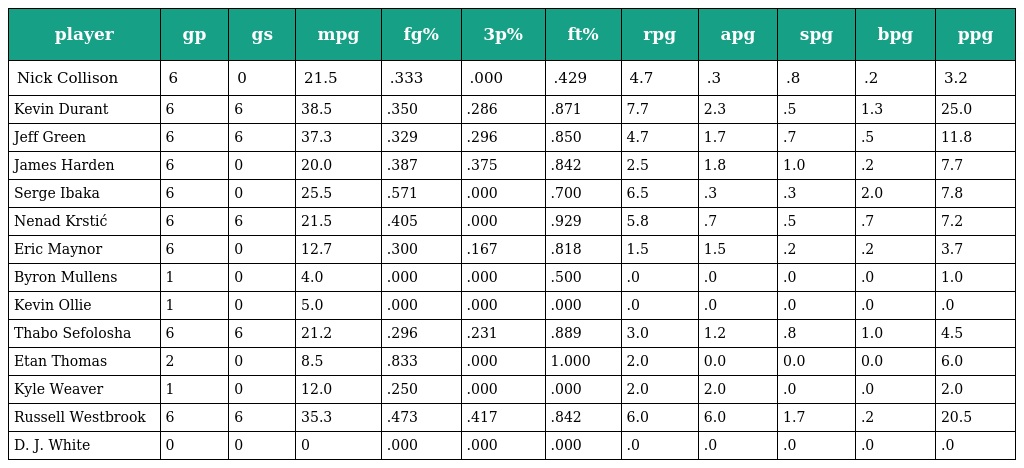
| player | gp | gs | mpg | fg% | 3p% | ft% | rpg | apg | spg | bpg | ppg |
 | --- | --- | --- | --- | --- | --- | --- | --- | --- | --- | --- | --- |
 | Nick Collison | 6 | 0 | 21.5 | .333 | .000 | .429 | 4.7 | .3 | .8 | .2 | 3.2 |
 | Kevin Durant | 6 | 6 | 38.5 | .350 | .286 | .871 | 7.7 | 2.3 | .5 | 1.3 | 25.0 |
 | Jeff Green | 6 | 6 | 37.3 | .329 | .296 | .850 | 4.7 | 1.7 | .7 | .5 | 11.8 |
 | James Harden | 6 | 0 | 20.0 | .387 | .375 | .842 | 2.5 | 1.8 | 1.0 | .2 | 7.7 |
 | Serge Ibaka | 6 | 0 | 25.5 | .571 | .000 | .700 | 6.5 | .3 | .3 | 2.0 | 7.8 |
 | Nenad Krstić | 6 | 6 | 21.5 | .405 | .000 | .929 | 5.8 | .7 | .5 | .7 | 7.2 |
 | Eric Maynor | 6 | 0 | 12.7 | .300 | .167 | .818 | 1.5 | 1.5 | .2 | .2 | 3.7 |
 | Byron Mullens | 1 | 0 | 4.0 | .000 | .000 | .500 | .0 | .0 | .0 | .0 | 1.0 |
 | Kevin Ollie | 1 | 0 | 5.0 | .000 | .000 | .000 | .0 | .0 | .0 | .0 | .0 |
 | Thabo Sefolosha | 6 | 6 | 21.2 | .296 | .231 | .889 | 3.0 | 1.2 | .8 | 1.0 | 4.5 |
 | Etan Thomas | 2 | 0 | 8.5 | .833 | .000 | 1.000 | 2.0 | 0.0 | 0.0 | 0.0 | 6.0 |
 | Kyle Weaver | 1 | 0 | 12.0 | .250 | .000 | .000 | 2.0 | 2.0 | .0 | .0 | 2.0 |
 | Russell Westbrook | 6 | 6 | 35.3 | .473 | .417 | .842 | 6.0 | 6.0 | 1.7 | .2 | 20.5 |
 | D. J. White | 0 | 0 | 0 | .000 | .000 | .000 | .0 | .0 | .0 | .0 | .0 |